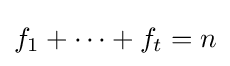
f_{1}+\cdots +f_{t}=n